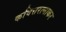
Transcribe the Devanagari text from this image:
कवित्तरत्नाकर